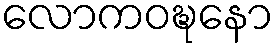
လောကဝဍ္ဎနော